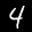
Label: 4